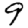
Digit: 9